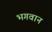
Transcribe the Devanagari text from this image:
भ्‍ागवान